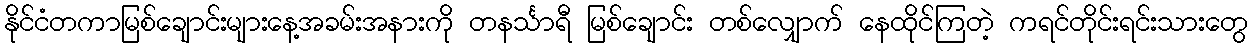
နိုင်ငံတကာမြစ်ချောင်းများနေ့အခမ်းအနားကို တနင်္သာရီ မြစ်ချောင်း တစ်လျှောက် နေထိုင်ကြတဲ့ ကရင်တိုင်းရင်းသားတွေ